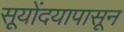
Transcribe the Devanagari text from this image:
सूयोंदयापासून